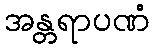
အန္တရာပဏံ